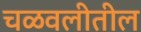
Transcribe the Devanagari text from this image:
चळवलीतील